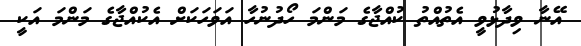
އޭނާ ވިދާޅުވީ އެތުއްތު ކުއްޖާގެ މަންމަ ހޯދުނުހާ އަވަހަކަށް އެކުއްޖާގެ މަންމަ އަކީ